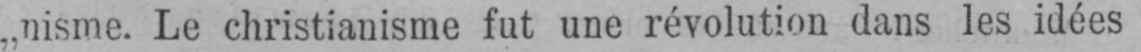
„nisme. Le christianisme fut une révolution dans les idées